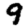
Digit: 9